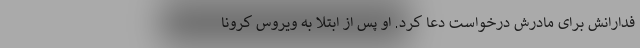
فدارانش برای مادرش درخواست دعا کرد. او پس از ابتلا به ویروس کرونا